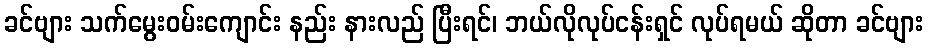
ခင်ဗျား သက်မွေးဝမ်းကျောင်း နည်း နားလည် ပြီးရင်၊ ဘယ်လိုလုပ်ငန်းရှင် လုပ်ရမယ် ဆိုတာ ခင်ဗျား